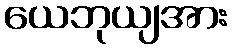
ယေဘုယျအား